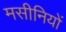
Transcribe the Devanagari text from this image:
मसीनियों